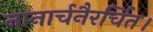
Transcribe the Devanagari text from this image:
नानार्चनैरर्चित।